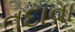
તદાવા